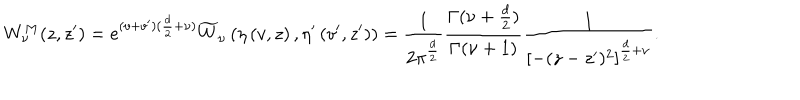
W _ { \nu } ^ { M } ( z , z ^ { \prime } ) = e ^ { ( v + v ^ { \prime } ) ( \frac { d } { 2 } + \nu ) } \widetilde { W } _ { \nu } \left( \eta \left( v , z \right) , \eta ^ { \prime } \left( v ^ { \prime } , z ^ { \prime } \right) \right) = \frac { 1 } { 2 \pi ^ { \frac { d } 2 } } \frac { \Gamma ( \nu + \frac { d } 2 ) } { \Gamma ( \nu + 1 ) } \frac 1 { { [ - ( z - z ^ { \prime } ) ^ { 2 } ] } ^ { \frac { d } 2 + \nu } } .